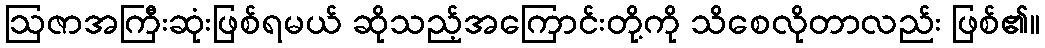
ဩဇာအကြီးဆုံးဖြစ်ရမယ် ဆိုသည့်အကြောင်းတို့ကို သိစေလိုတာလည်း ဖြစ်၏။